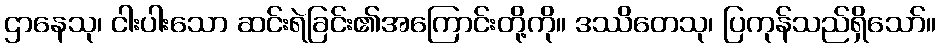
ဌာနေသု၊ ငါးပါးသော ဆင်းရဲခြင်း၏အကြောင်းတို့ကို။ ဒဿိတေသု၊ ပြကုန်သည်ရှိသော်။